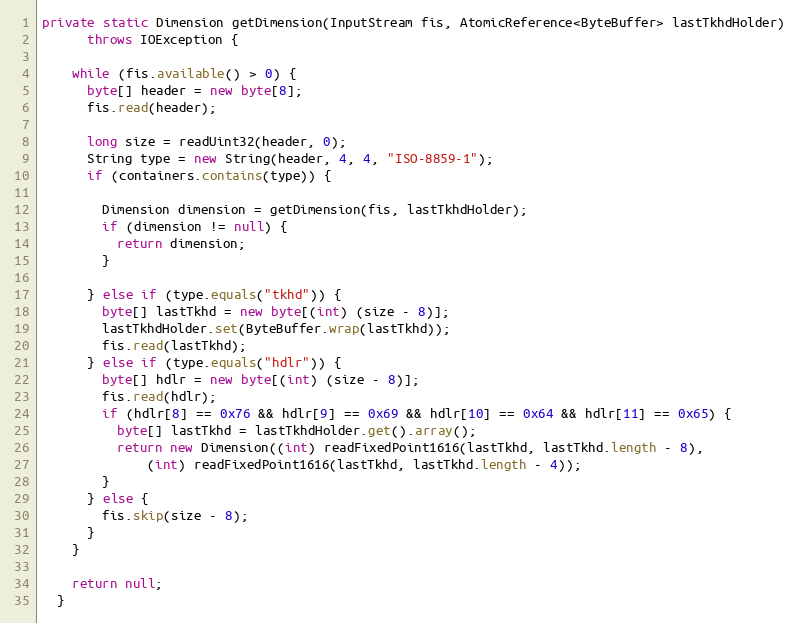
Language: Java
private static Dimension getDimension(InputStream fis, AtomicReference<ByteBuffer> lastTkhdHolder)
      throws IOException {

    while (fis.available() > 0) {
      byte[] header = new byte[8];
      fis.read(header);

      long size = readUint32(header, 0);
      String type = new String(header, 4, 4, "ISO-8859-1");
      if (containers.contains(type)) {

        Dimension dimension = getDimension(fis, lastTkhdHolder);
        if (dimension != null) {
          return dimension;
        }

      } else if (type.equals("tkhd")) {
        byte[] lastTkhd = new byte[(int) (size - 8)];
        lastTkhdHolder.set(ByteBuffer.wrap(lastTkhd));
        fis.read(lastTkhd);
      } else if (type.equals("hdlr")) {
        byte[] hdlr = new byte[(int) (size - 8)];
        fis.read(hdlr);
        if (hdlr[8] == 0x76 && hdlr[9] == 0x69 && hdlr[10] == 0x64 && hdlr[11] == 0x65) {
          byte[] lastTkhd = lastTkhdHolder.get().array();
          return new Dimension((int) readFixedPoint1616(lastTkhd, lastTkhd.length - 8),
              (int) readFixedPoint1616(lastTkhd, lastTkhd.length - 4));
        }
      } else {
        fis.skip(size - 8);
      }
    }

    return null;
  }